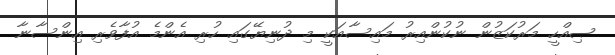
ޞިއްހީ މަރުކަޒުން ނުކުންއިރު މައިސާއަކީ މި ދުނިޔޭގައި ހުރި އެންމެ އުފާވެރި އިންސާނާ